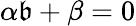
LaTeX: \alpha\mathfrak{b}+\beta=0